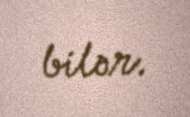
bilər.